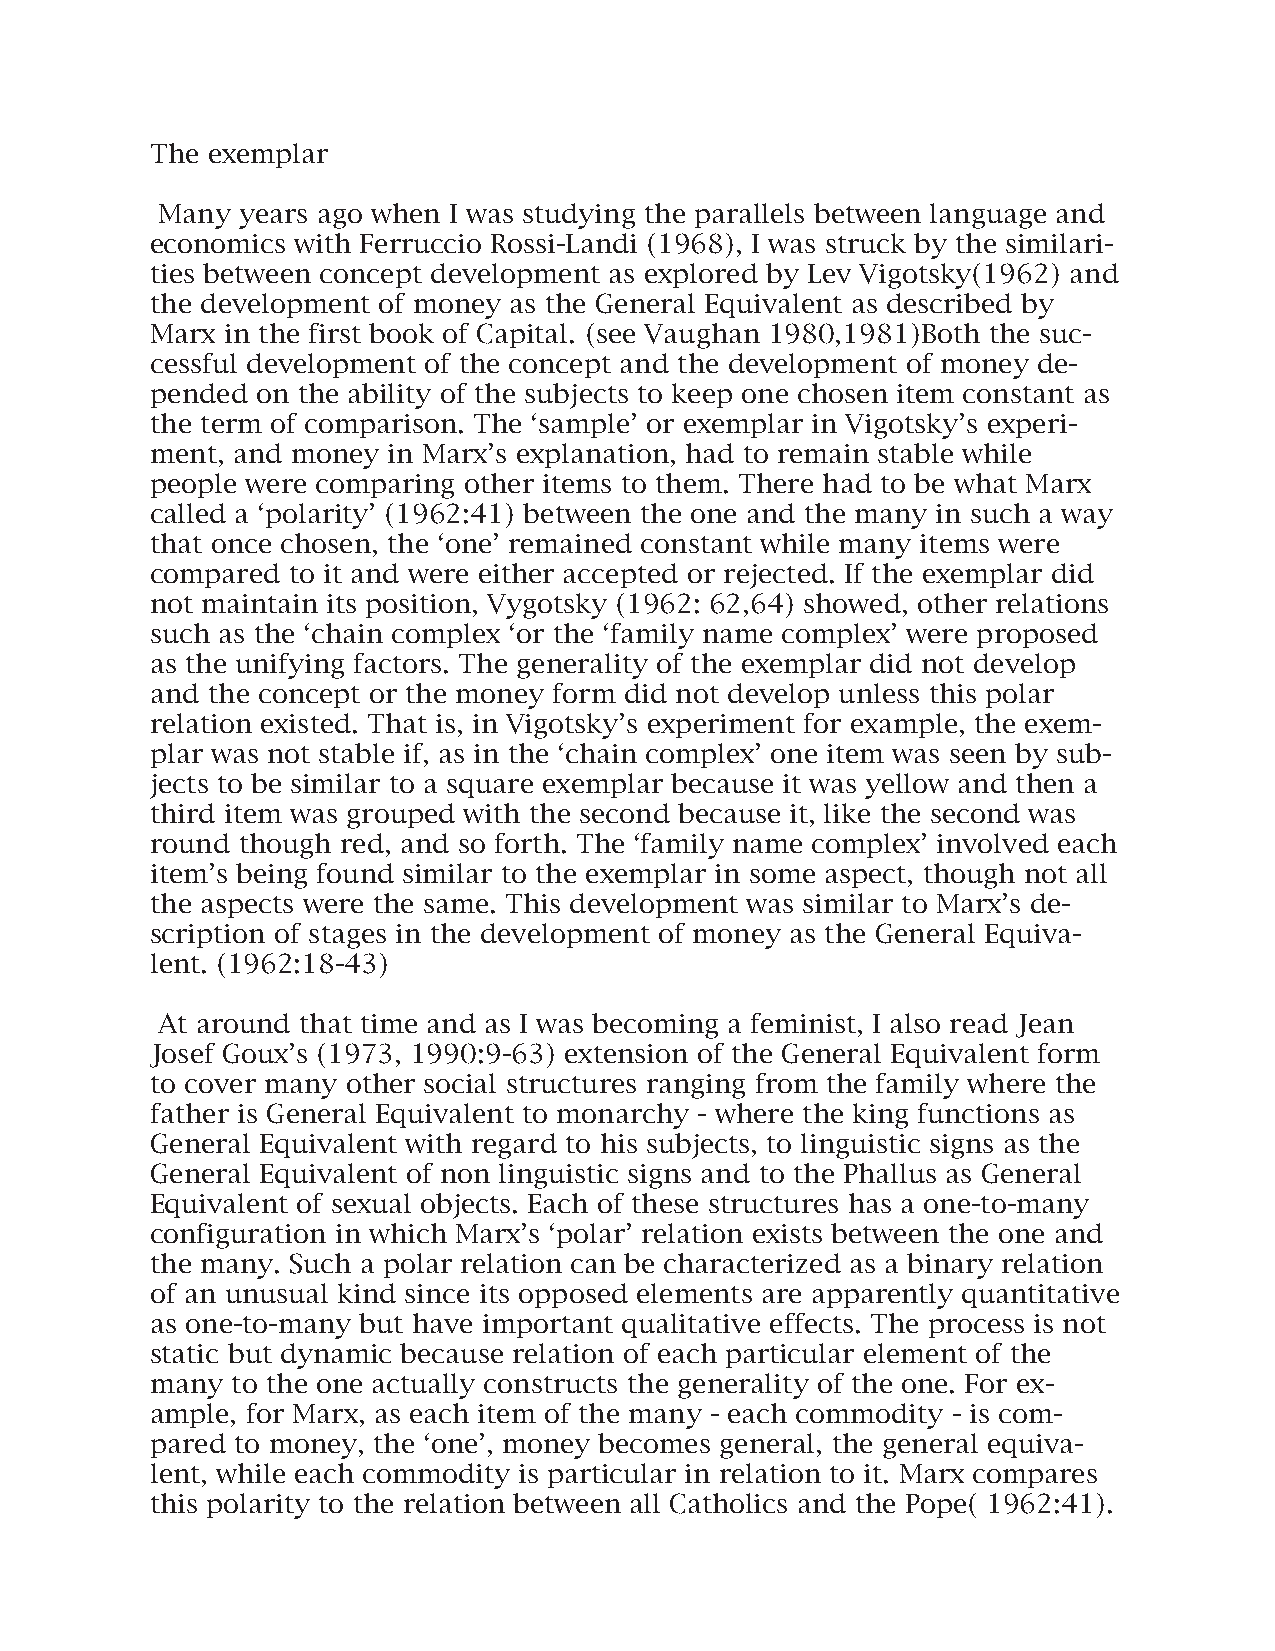
The exemplar
 Many  years ago when I was studying the parallels between language and
 economics with Ferruccio Rossi-Landi (1968), I was struck by the similari-
 ties between concept development as explored by Lev Vigotsky(1962) and
 the development of money as the General Equivalent as described by
 Marx in the first book of Capital. (see Vaughan 1980,1981)Both the suc-
 cessful development of the concept and the development of money de-
 pended on the ability of the subjects to keep one chosen item constant as
 the term of comparison. The ‘sample’ or exemplar in Vigotsky’s experi-
 ment, and money in Marx’s explanation, had to remain stable while
 people were comparing other items to them. There had to be what Marx
 called a ‘polarity’ (1962:41) between the one and the many in such a way
 that once chosen, the ‘one’ remained constant while many items were
 compared to it and were either accepted or rejected. If the exemplar did
 not maintain its position, Vygotsky (1962: 62,64) showed, other relations
 such as the ‘chain complex ‘or the ‘family name complex’ were proposed
 as the unifying factors. The generality of the exemplar did not develop
 and the concept or the money form did not develop unless this polar
 relation existed. That is, in Vigotsky’s experiment for example, the exem-
 plar was not stable if, as in the ‘chain complex’ one item was seen by sub-
 jects to be similar to a square exemplar because it was yellow and then a
 third item was grouped with the second because it, like the second was
 round though red, and so forth. The ‘family name complex’ involved each
 item’s being found similar to the exemplar in some aspect, though not all
 the aspects were the same. This development was similar to Marx’s de-
 scription of stages in the development of money as the General Equiva-
 lent. (1962:18-43)
 At around that time and as I was becoming a feminist, I also read Jean
 Josef Goux’s (1973, 1990:9-63) extension of the General Equivalent form
 to cover many other social structures ranging from the family where the
 father is General Equivalent to monarchy - where the king functions as
 General Equivalent with regard to his subjects, to linguistic signs as the
 General Equivalent of non linguistic signs and to the Phallus as General
 Equivalent of sexual objects. Each of these structures has a one-to-many
 configuration in which Marx’s ‘polar’ relation exists between the one and
 the many. Such a polar relation can be characterized as a binary relation
 of an unusual kind since its opposed elements are apparently quantitative
 as one-to-many but have important qualitative effects. The process is not
 static but dynamic because relation of each particular element of the
 many to the one actually constructs the generality of the one. For ex-
 ample, for Marx, as each item of the many - each commodity - is com-
 pared to money, the ‘one’, money becomes general, the general equiva-
 lent, while each commodity is particular in relation to it. Marx compares
 this polarity to the relation between all Catholics and the Pope( 1962:41).